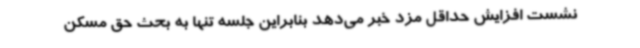
نشست افزایش حداقل مزد خبر می‌دهد بنابراین جلسه تنها به بحث حق مسکن